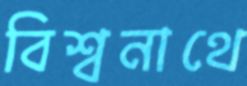
বিশ্বনাথে